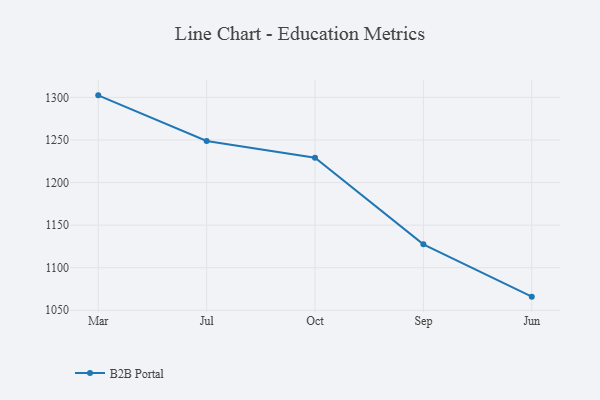
{"axis": {"x": "Month", "y": "Net Income (USD K)"}, "legend": ["B2B Portal"], "data": [{"x": "Mar", "y": 1302.4, "type": "B2B Portal"}, {"x": "Jul", "y": 1248.9, "type": "B2B Portal"}, {"x": "Oct", "y": 1229.1, "type": "B2B Portal"}, {"x": "Sep", "y": 1127.5, "type": "B2B Portal"}, {"x": "Jun", "y": 1066.0, "type": "B2B Portal"}]}